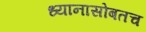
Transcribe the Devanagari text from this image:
ध्यानासोबतच